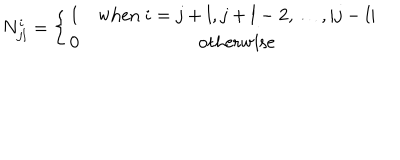
N _ { j l } ^ { i } = \left\{ \begin{matrix} { { 1 } } & { { \mathrm { w h e n } ~ i = j + l , j + l - 2 , \ldots , | j - l | } } \\ { { 0 } } & { { \mathrm { o t h e r w i s e } } } \\ \end{matrix} \right.